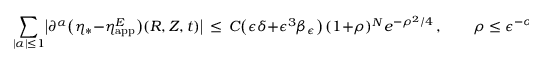
\sum _ { | \alpha | \le 1 } \bigl | \partial ^ { \alpha } \bigl ( \eta _ { * } - \eta _ { \mathrm { a p p } } ^ { E } \bigr ) ( R , Z , t ) \bigr | \, \le \, C \bigl ( \epsilon \delta + \epsilon ^ { 3 } \beta _ { \epsilon } \bigr ) \, ( 1 + \rho ) ^ { N } e ^ { - \rho ^ { 2 } / 4 } \, , \qquad \rho \le \epsilon ^ { - \sigma _ { 0 } } \, ,